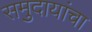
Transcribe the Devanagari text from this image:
समुदायांचा